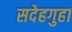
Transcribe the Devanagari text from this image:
सदेहगुहा